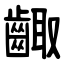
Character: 齱